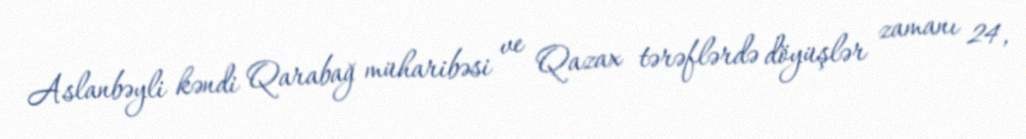
Aslanbəyli kəndi Qarabağ müharibəsi ve Qazax tərəflərdə döyüşlər zamanı 24,